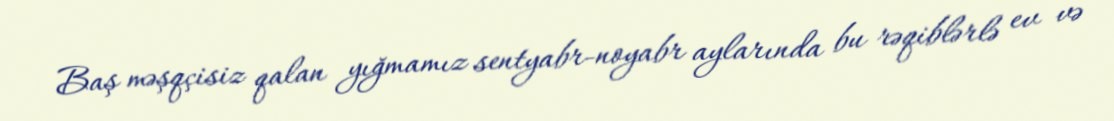
Baş məşqçisiz qalan yığmamız sentyabr-noyabr aylarında bu rəqiblərlə ev və